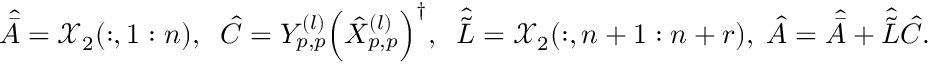
\begin{array} { r } { \hat { \bar { A } } = \mathcal { X } _ { 2 } ( : , 1 : n ) , \; \; \hat { C } = Y _ { p , p } ^ { ( l ) } \Big ( \hat { X } _ { p , p } ^ { ( l ) } \Big ) ^ { \dagger } , \; \; \hat { \tilde { L } } = \mathcal { X } _ { 2 } ( : , n + 1 : n + r ) , \; \hat { A } = \hat { \bar { A } } + \hat { \tilde { L } } \hat { C } . } \end{array}